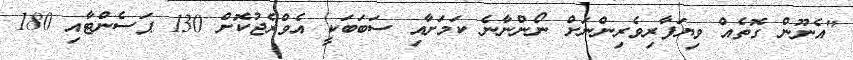
"އެނޫން ގޮތެއް ވިޔަފާރިވެރިންނަށް ނޯންނާނެ ކަމަށާއި ސަބަބަކީ އެވްރެޖުކޮށް 130 ޕަސެންޓާއި 180